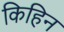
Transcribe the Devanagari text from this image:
किहिन